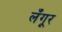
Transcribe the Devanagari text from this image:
लँगूर